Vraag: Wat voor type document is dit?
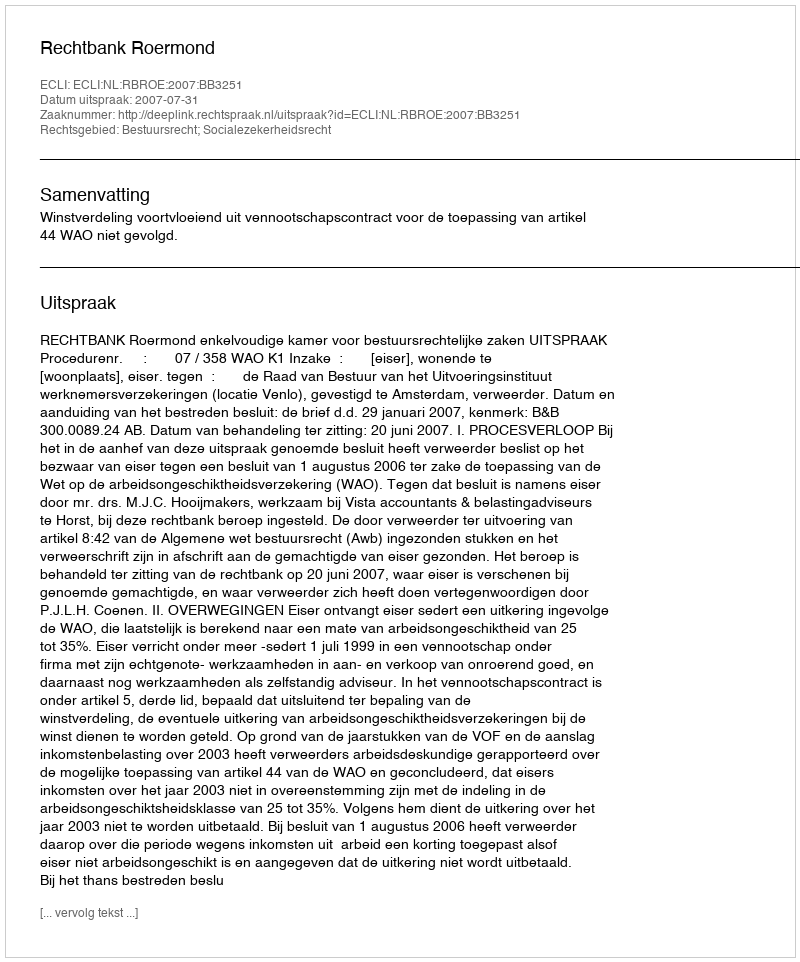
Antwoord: Uitspraak